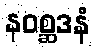
နဝစ္ဆဒနံ